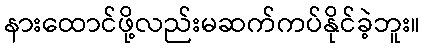
နားထောင်ဖို့လည်းမဆက်ကပ်နိုင်ခဲ့ဘူး။